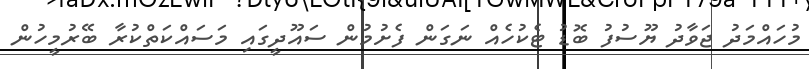
މުހައްމަދު ޖަވާދު ޔޫސުފު ބޮޑު ޓެކުހެއް ނަގަން ފެށުމުން ސައޫދީގައި މަސައްކަތްކުރާ ބޭރުމީހުން